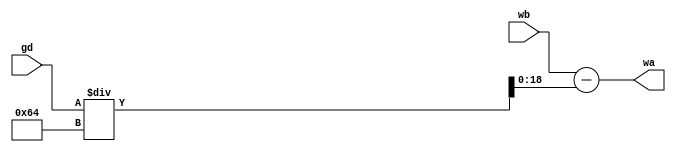
module weight(gd,wb,wa);
input signed[18:0] gd,wb;
output signed[18:0] wa;

assign wa = wb - (gd/100);  //0.01

endmodule